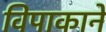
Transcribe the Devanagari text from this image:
विपाकाने